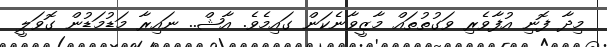
މިދާ ފޮނި އުފާވެރި ވަގުތުތައް މާޒީވާނެކަން ގައިމެވެ. އާޝް.. ނައިރާ މަޑުމަޑުން ގޮވަލީ